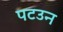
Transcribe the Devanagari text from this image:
पटउन